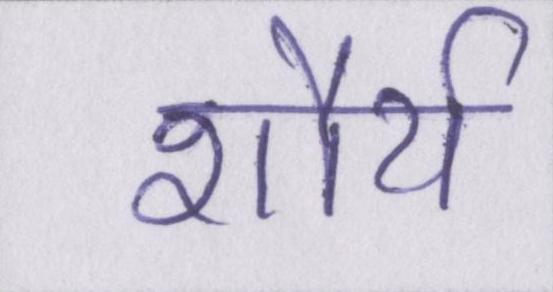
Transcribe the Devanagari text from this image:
शौर्य